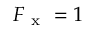
F _ { \mathrm { ~ x ~ } } = 1